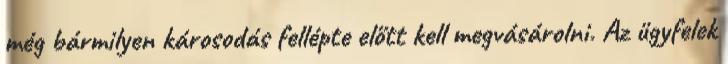
még bármilyen károsodás fellépte előtt kell megvásárolni. Az ügyfelek